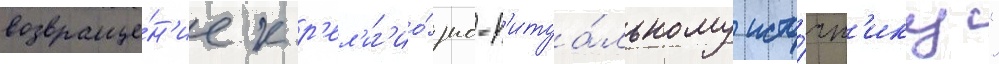
возвраще́н'ие к р'ел'иг'ио́зно-р'итуа́льному исто́чн'ику"